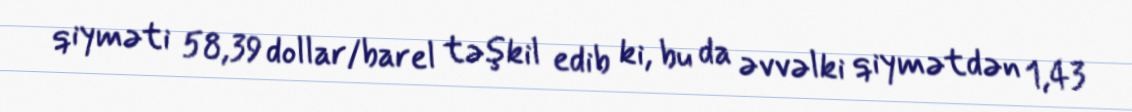
qiyməti 58,39 dollar/barel təşkil edib ki, bu da əvvəlki qiymətdən 1,43